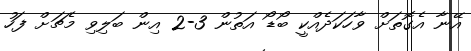
އޭނާ އެގޮތަށް ވާހަކަދެއްކީ ބޯޑޯ އަތުން 3-2 އިން ބަލިވި މެޗަށް ފަހު